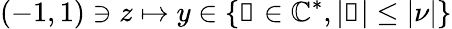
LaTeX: \left(-1,1\right)\ni z\mapsto y\in\left\{ \mathscr{y}\in\mathbb{C}^{*},|\mathscr{y}|\leq|\nu|\right\}